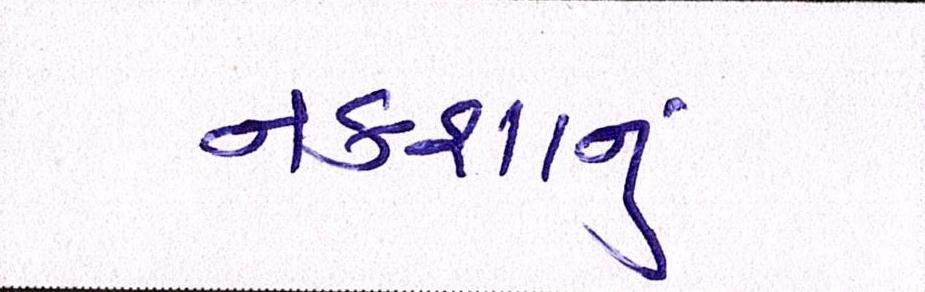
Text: નકશાનું